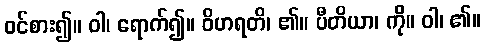
ဝင်စား၍။ ဝါ၊ ရောက်၍။ ဝိဟရတိ၊ ၏။ ပီတိယာ၊ ကို။ ဝါ၊ ၏။